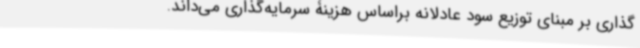
‌گذاری بر مبنای توزیع سود عادلانه براساس هزینۀ سرمایه‌گذاری می‌داند.